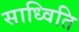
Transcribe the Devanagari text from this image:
साध्विति